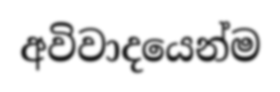
අවිවාදයෙන්ම